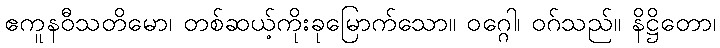
ဧကူနဝီသတိမော၊ တစ်ဆယ့်ကိုးခုမြောက်သော။ ဝဂ္ဂေါ၊ ဝဂ်သည်။ နိဋ္ဌိတော၊